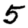
Digit: 5